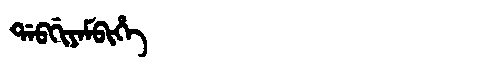
Manchu: ᡩᠠᠪᡤᡳᠶᠠᠮᠪᡳᡥᡝ
Romanization: DABGIYAMBIHE